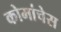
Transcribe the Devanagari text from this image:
कोमांचेस